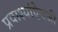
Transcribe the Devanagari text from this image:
प्रवाश्यांऐवजी